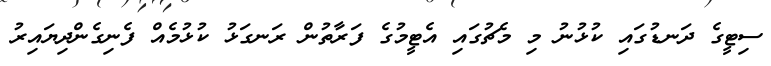
ސިޓީގެ ދަނޑުގައި ކުޅުނު މި މެޗުގައި އެޓީމުގެ ފަރާތުން ރަނގަޅު ކުޅުމެއް ފެނިގެންދިޔައިރު